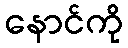
နောင်ကို